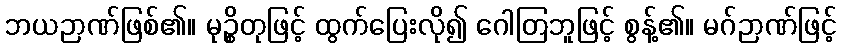
ဘယဉာဏ်ဖြစ်၏။ မုဉ္စိတုဖြင့် ထွက်ပြေးလို၍ ဂေါတြဘူဖြင့် စွန့်၏။ မဂ်ဉာဏ်ဖြင့်